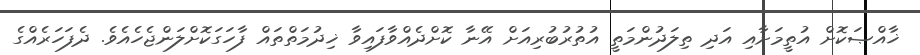
ޚާއްޞަކޮށް އުތީމަށާއި އަދި ތިލަދުންމަތީ އުތުރުބުރިއަށް އޭނާ ކޮށްދެއްވާފައިވާ ޚިދުމަތްތައް ފާހަގަކޮށްލަންޖެހެއެވެ. ދެފަހަރެއްގެ